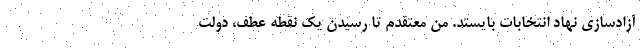
آزادسازی نهاد انتخابات بایستد. من معتقدم تا رسیدن یک نقطه عطف، دولت